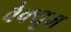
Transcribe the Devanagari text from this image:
वेक्यूम